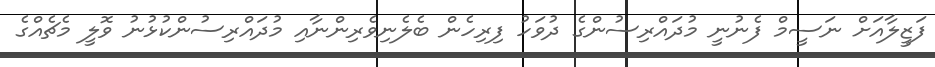
ފަޒީލާއަށް ނަސީމް ފެނުނީ މުދައްރިސުންގެ ދުވަހު ފިރިހެން ބެލެނިވެރިންނާއި މުދައްރިސުންކުޅުނު ވޮލީ މެޗެއްގެ